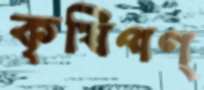
কৃষিপণ্